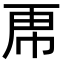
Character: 𮓜